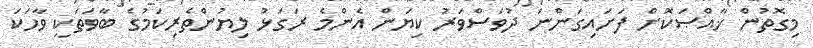
މިގޮތުން ޚާއްޞަކޮށް ފަށައިގަންނަ ދުވަސްވަރު ކިޔަން އެންމެ ރަގަޅު ލިޔުންތެރިކަމުގެ ބާވަތަކީ ވާހަކަ